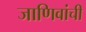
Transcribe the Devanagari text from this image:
जाणिवांची